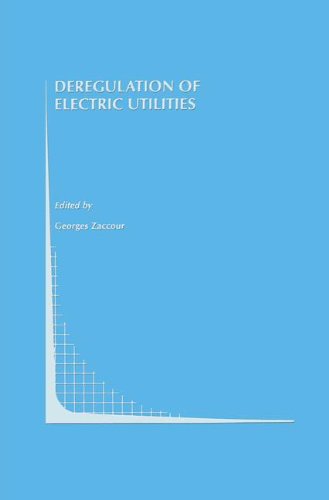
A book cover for Deregulation of Electric Utilities (Topics in Regulatory Economics and Policy); Law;